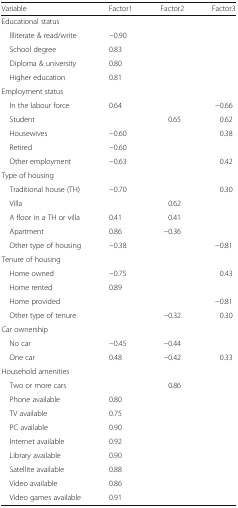
<table><thead><tr><td><b>Variable</b></td><td><b>Factor1</b></td><td><b>Factor2</b></td><td><b>Factor3</b></td></tr></thead><tbody><tr><td colspan="4">Educational status</td></tr><tr><td> Illiterate &amp; read/write</td><td>−0.90</td><td></td><td></td></tr><tr><td> School degree</td><td>0.83</td><td></td><td></td></tr><tr><td> Diploma &amp; university</td><td>0.80</td><td></td><td></td></tr><tr><td> Higher education</td><td>0.81</td><td></td><td></td></tr><tr><td colspan="4">Employment status</td></tr><tr><td> In the labour force</td><td>0.64</td><td></td><td>−0.66</td></tr><tr><td> Student</td><td></td><td>0.65</td><td>0.62</td></tr><tr><td> Housewives</td><td>−0.60</td><td></td><td>0.38</td></tr><tr><td> Retired</td><td>−0.60</td><td></td><td></td></tr><tr><td> Other employment</td><td>−0.63</td><td></td><td>0.42</td></tr><tr><td colspan="4">Type of housing</td></tr><tr><td> Traditional house (TH)</td><td>−0.70</td><td></td><td>0.30</td></tr><tr><td> Villa</td><td></td><td>0.62</td><td></td></tr><tr><td> A floor in a TH or villa</td><td>0.41</td><td>0.41</td><td></td></tr><tr><td> Apartment</td><td>0.86</td><td>−0.36</td><td></td></tr><tr><td> Other type of housing</td><td>−0.38</td><td></td><td>−0.81</td></tr><tr><td colspan="4">Tenure of housing</td></tr><tr><td> Home owned</td><td>−0.75</td><td></td><td>0.43</td></tr><tr><td> Home rented</td><td>0.89</td><td></td><td></td></tr><tr><td> Home provided</td><td></td><td></td><td>−0.81</td></tr><tr><td> Other type of tenure</td><td></td><td>−0.32</td><td>0.30</td></tr><tr><td colspan="4">Car ownership</td></tr><tr><td> No car</td><td>−0.45</td><td>−0.44</td><td></td></tr><tr><td> One car</td><td>0.48</td><td>−0.42</td><td>0.33</td></tr><tr><td colspan="4">Household amenities</td></tr><tr><td> Two or more cars</td><td></td><td>0.86</td><td></td></tr><tr><td> Phone available</td><td>0.80</td><td></td><td></td></tr><tr><td> TV available</td><td>0.75</td><td></td><td></td></tr><tr><td> PC available</td><td>0.90</td><td></td><td></td></tr><tr><td> Internet available</td><td>0.92</td><td></td><td></td></tr><tr><td> Library available</td><td>0.90</td><td></td><td></td></tr><tr><td> Satellite available</td><td>0.88</td><td></td><td></td></tr><tr><td> Video available</td><td>0.86</td><td></td><td></td></tr><tr><td> Video games available</td><td>0.91</td><td></td><td></td></tr></tbody></table>